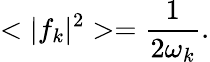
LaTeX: <\vert f_{k}\vert^{2}>={\frac{1}{2\omega_{k}}}.